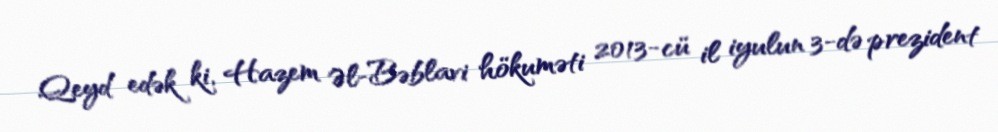
Qeyd edək ki, Hazem Əl-Bəblavi hökuməti 2013-cü il iyulun 3-də prezident